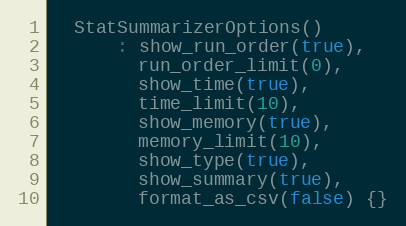
Language: C
  StatSummarizerOptions()
      : show_run_order(true),
        run_order_limit(0),
        show_time(true),
        time_limit(10),
        show_memory(true),
        memory_limit(10),
        show_type(true),
        show_summary(true),
        format_as_csv(false) {}